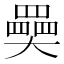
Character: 奰